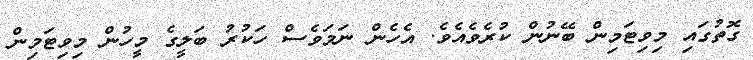
ގޮތުގައި މިވިޓަމިން ބޭނުން ކުރެވެއެވެ. އެހެން ނަމަވެސް ހަކުރު ބަލީގެ މީހުން މިވިޓަމިން